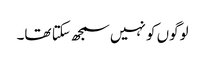
لوگوں کو نہیں سمجھ سکتا تھا۔